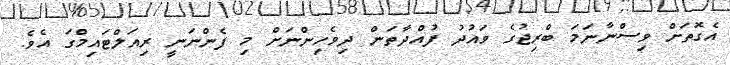
އެގޮތަށް ވިސްނާނަމަ ބްރިޖުގެ ވައުދު ފުއްދާތަން ދިވެހިންނަށް މި ފެންނަނީ ރިއަލްޓައިމްގަ އެވެ.